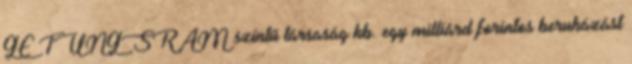
GE TUNGSRAM szintű társaság kb. egy milliárd forintos beruházást